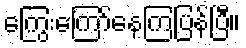
ကြွေးကြော်နေကြပြန်ပြီ။